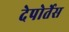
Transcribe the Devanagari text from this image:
देपोर्तेस